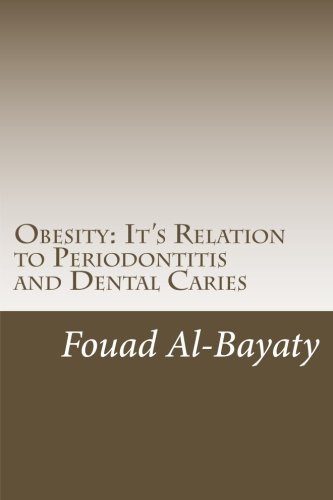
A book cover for Obesity: It's Relation to Periodontitis and Dental Caries; Fouad Hussain Al-Bayaty; Medical Books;